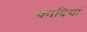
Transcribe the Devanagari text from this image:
कादियां